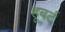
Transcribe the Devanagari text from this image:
हूबर्ट